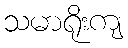
သမာရိုးကျ